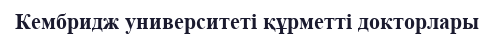
Кембридж университеті құрметті докторлары